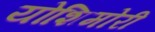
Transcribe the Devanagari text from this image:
योशिमोरी